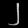
Digit: ၂